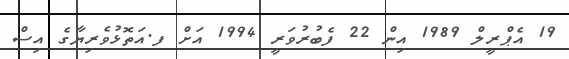
19 އެޕްރީލް 1989 އިން 22 ފެބުރުވަރީ 1994 އަށް ފ.އަތޮޅުވެރިޔާގެ އިސް